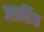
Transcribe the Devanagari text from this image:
असासिंस